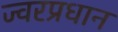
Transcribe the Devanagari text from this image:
ज्वरप्रधान